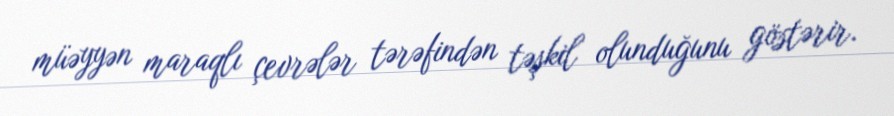
müəyyən maraqlı çevrələr tərəfindən təşkil olunduğunu göstərir.